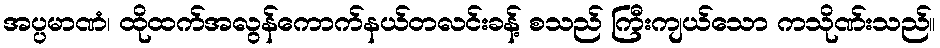
အပ္ပမာဏံ၊ ထိုထက်အလွန်ကောက်နယ်တလင်းခန့် စသည် ကြီးကျယ်သော ကသိုဏ်းသည်။